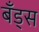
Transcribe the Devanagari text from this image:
बँड्स